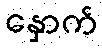
နှောက်